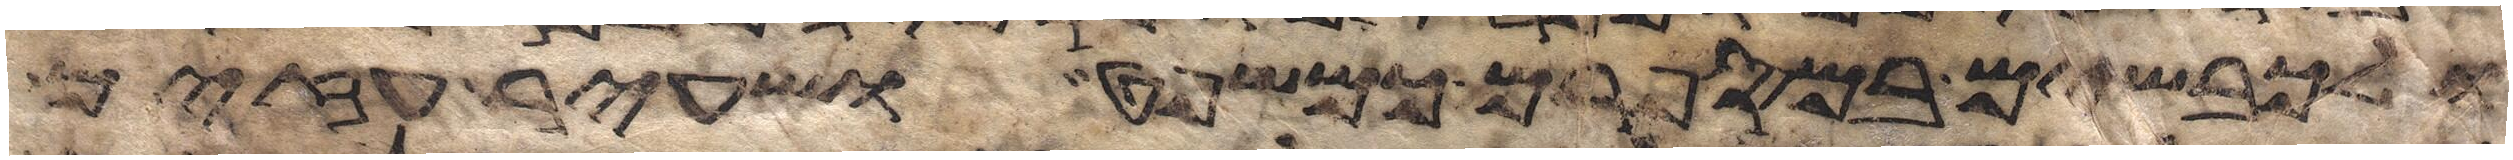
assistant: ולכבשים במספרם כמשפט ושעיר עזים